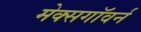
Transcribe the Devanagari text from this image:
मेक्सगॉवर्न